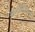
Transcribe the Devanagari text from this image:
आत्मसिंधूच्या